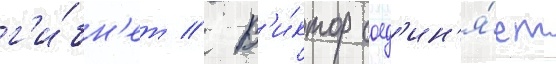
г'и́бн'ет // В'и́ктор соед'ин'я́ет